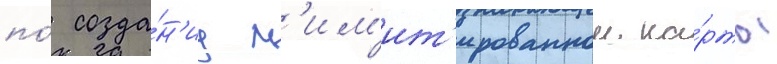
по́ созда́н'иу л'им'ит'ированнои ка́рты